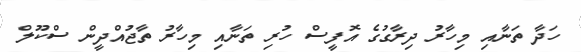
ހަދާ ތަނާއި މިހާރު ދިރާގުގެ އޮފީސް ހުރި ތަނާއި މިހާރު ތާޖުއްދީން ސްކޫލް